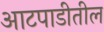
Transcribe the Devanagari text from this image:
आटपाडीतील